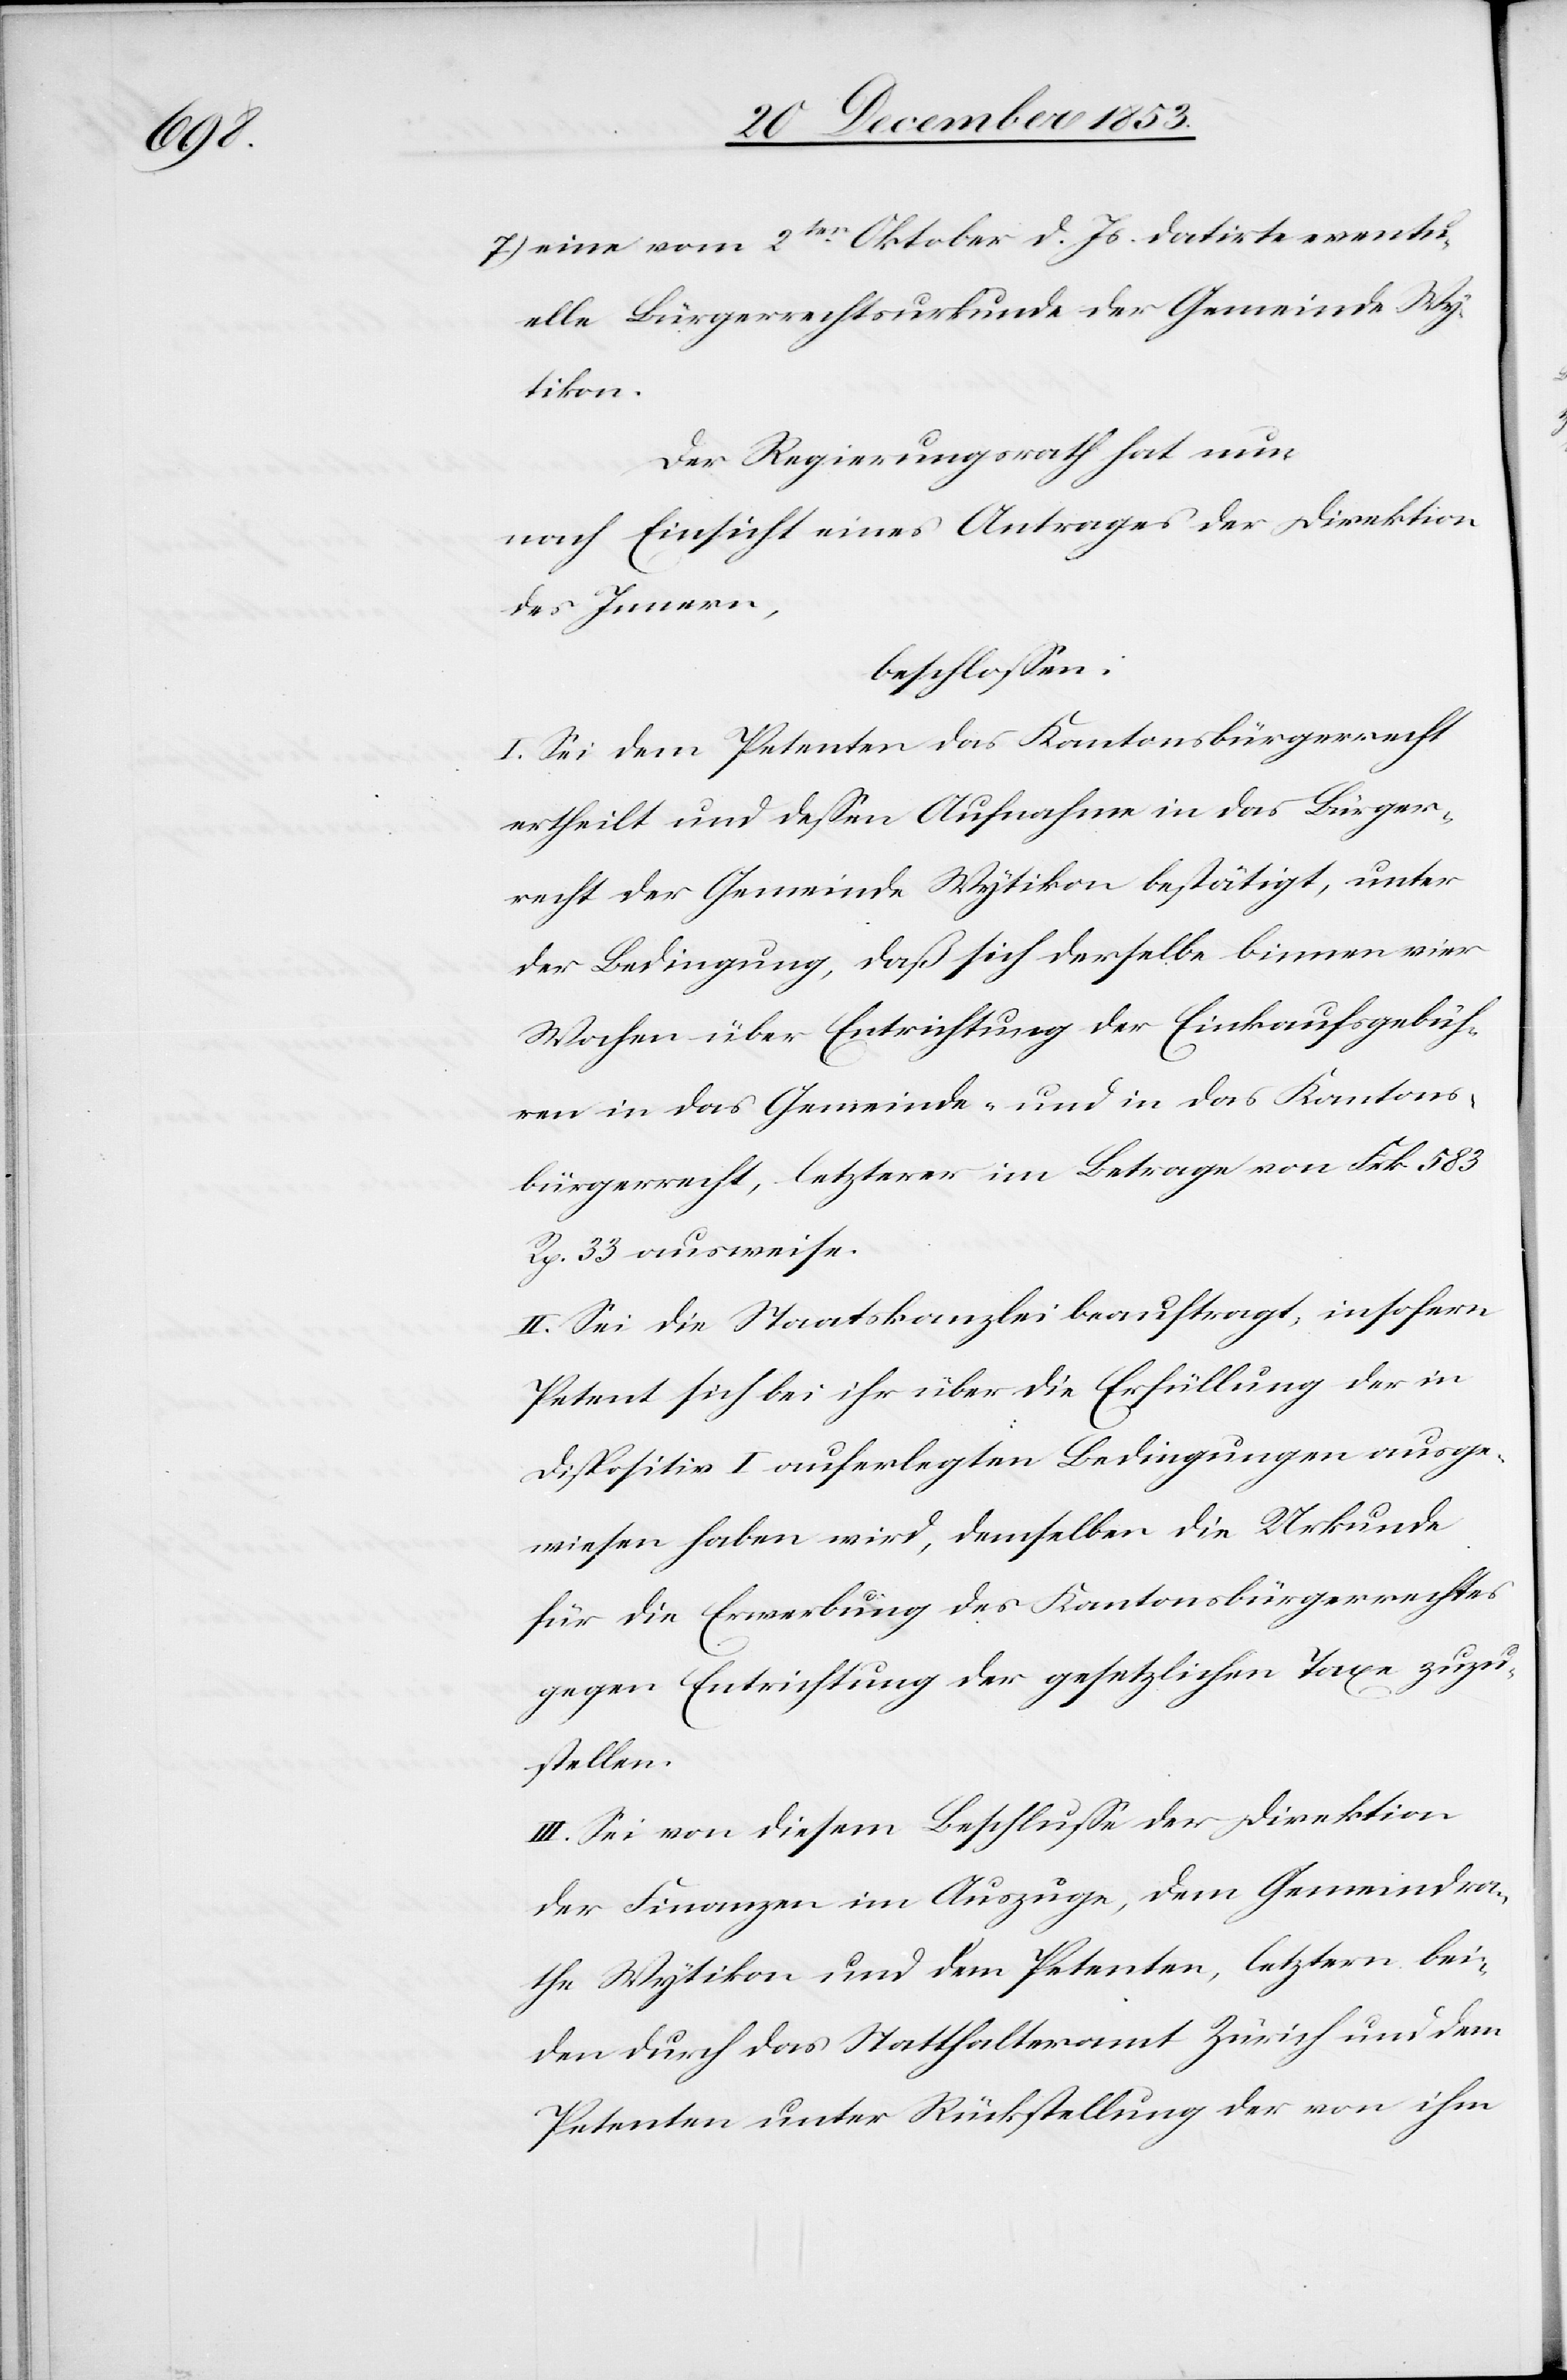
7.) eine vom 2ten Oktober d. Js. datirte eventu¬
elle Bürgerrechtsurkunde der Gemeinde Wy¬
tikon.
Der Regierungsrath hat nun
nach Einsicht eines Antrages der Direktion
des Innern,
beschloßen:
I. Sei dem Petenten das Kantonsbürgerrecht
ertheilt und deßen Aufnahme in das Bürger¬
recht der Gemeinde Wytikon bestätigt, unter
der Bedingung, daß sich derselbe binnen vier
Wochen über Entrichtung der Einkaufsgebüh¬
ren in das Gemeinde- und in das Kantons¬
bürgerrecht, letzterer im Betrage von Frk. 583
Rp. 33 ausweise.
II. Sei die Staatskanzlei beauftragt, insofern
Petent sich bei ihr über die Erfüllung der in
Dispositiv I auferlegten Bedingungen ausge¬
wiesen haben wird, demselben die Urkunde
für die Erwerbung des Kantonsbürgerrechtes
gegen Entrichtung der gesetzlichen Taxe zuzu¬
stellen.
III. Sei von diesem Beschluße der Direktion
der Finanzen im Auszuge, dem Gemeindra¬
the Wytikon und dem Petenten, letztern bei¬
den durch das Statthalteramt Zürich und dem
Petenten unter Rückstellung der von ihm